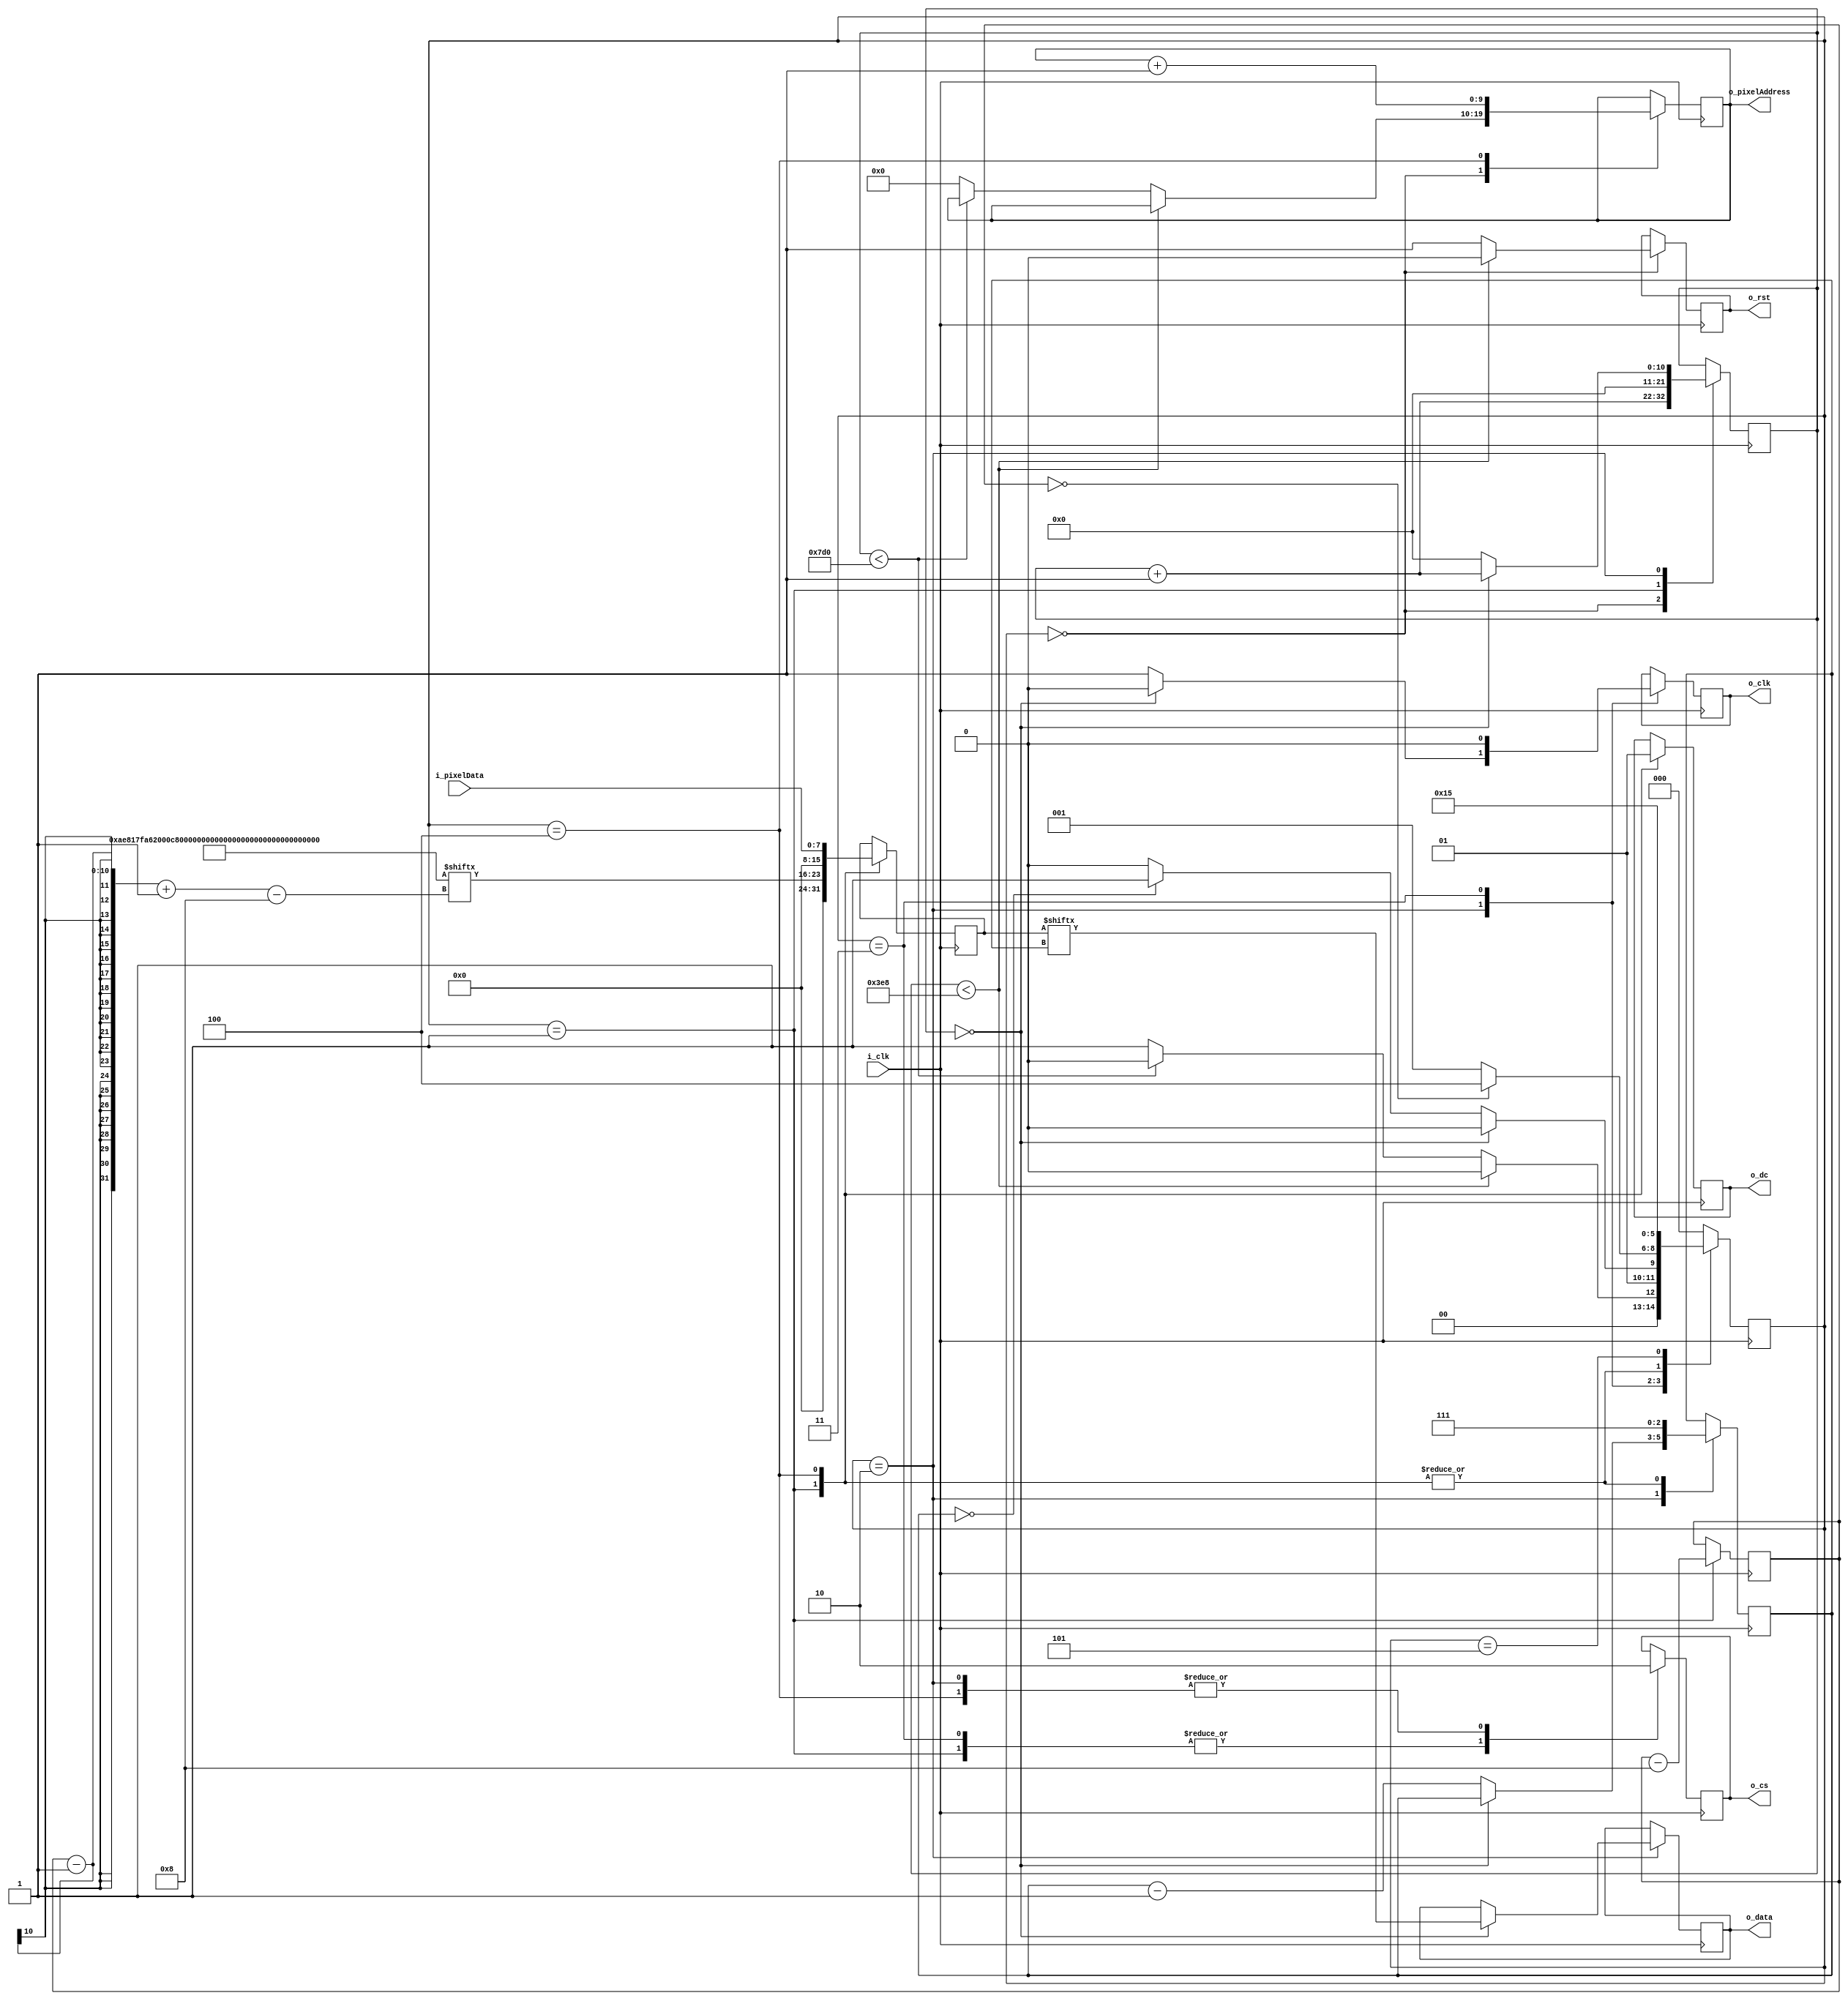
module lcd #(parameter INPUT_CLOCK_HZ = 1000000, parameter RESET_TIME_US = 1000)
            (input i_clk,
            output o_rst,
            output o_cs,
            output o_dc,
            output o_clk,
            output o_data,
            output [9:0] o_pixelAddress,
            input [7:0] i_pixelData);

reg r_rst;
reg r_cs;
reg r_dc;
reg r_clk;
reg r_data;

initial 
begin
    r_rst = 1; //reset inactive
    r_cs = 1; //cs inactive
    r_dc = 0;
    r_clk = 0; //CPOL = 0
    r_data = 0;    
end

assign o_rst = r_rst;
assign o_cs = r_cs;
assign o_dc = r_dc;
assign o_clk = r_clk;
assign o_data = r_data;
assign o_pixelAddress = r_pixelCounter;

localparam COUNTER_TOP = RESET_TIME_US*INPUT_CLOCK_HZ/1000000;
localparam COUTER_BITS = $clog2(2*COUNTER_TOP);

reg [(COUTER_BITS-1):0] r_counter;
reg [2:0] r_State;

reg [9:0] r_pixelCounter;

initial
begin
    r_counter = 0;
    r_State = STATE_INIT_POWER;
    r_pixelCounter = 0;
end

reg [15:0] r_TX_Data;
reg [2:0] r_TX_DataBit;

localparam STATE_INIT_POWER = 3'd0,
STATE_LOAD_INIT_CMD = 3'd1,
STATE_SEND = 3'd2,
STATE_INIT_CHECK = 3'd3,
STATE_LOAD_DATA = 3'd4,
STATE_IDLE = 3'd5;

localparam SETUP_INSTRUCTIONS = 23;
reg [((SETUP_INSTRUCTIONS * 8) - 1):0] r_startupCommands = {
    8'hAE,  // display off

    8'h81,  // contast value to 0x7F according to datasheet
    8'h7F,  

    8'hA6,  // normal screen mode (not inverted)

    8'h20,  // horizontal addressing mode
    8'h00,  

    8'hC8,  // normal scan direction

    8'h40,  // first line to start scanning from

    8'hA1,  // address 0 is segment 0

    8'hA8,  // mux ratio
    8'h3f,  // 63 (64 -1)

    8'hD3,  // display offset
    8'h00,  // no offset

    8'hD5,  // clock divide ratio
    8'h80,  // set to default ratio/osc frequency

    8'hD9,  // set precharge
    8'h22,  // switch precharge to 0x22 default

    8'hDB,  // vcom deselect level
    8'h20,  // 0x20 

    8'h8D,  // charge pump config
    8'h14,  // enable charge pump

    8'hA4,  // resume RAM content

    8'hAF   // display on

};
reg [9:0] r_commandIndex = SETUP_INSTRUCTIONS * 8; //bit after MSB of register, which contains MSB of first command

always @(posedge i_clk) 
begin
    case (r_State)
        STATE_INIT_POWER: 
        begin
            r_counter <= r_counter + 1'd1;

            if(r_counter < COUNTER_TOP)
            begin
                r_rst <= 0; //reset active
                r_State <= STATE_INIT_POWER;
            end
            else if(r_counter < 2*COUNTER_TOP)
            begin
                r_rst <= 1; //reset inactive
                r_State <= STATE_INIT_POWER;
            end
            else
            begin
                r_rst <= 1; //reset inactive
                //r_commandIndex <= SETUP_INSTRUCTIONS * 8;
                r_pixelCounter <= 10'd0;
                r_State <= STATE_LOAD_INIT_CMD;
            end 
        end
        STATE_LOAD_INIT_CMD:
        begin
            r_cs <= 1'b1; //chip select inactive
            r_dc <= 1'b0; //send command
            r_TX_Data <= r_startupCommands[(r_commandIndex - 1)-:8]; //-: indicate length not LSB range
            r_TX_DataBit <= 3'd7; //start sending from MSB
            r_commandIndex <= r_commandIndex - 10'd8;
            
            r_counter <= 0;
            r_State <= STATE_SEND;
        end
        STATE_SEND:
        begin
            r_cs <= 1'b0; //chip select active

            if(r_counter == 0)
            begin
                r_counter <= r_counter + 1; //increment counter
                r_clk <= 1'b0; //set clock to idle state (CPOL = 0)
                r_data <= r_TX_Data[r_TX_DataBit]; //load bit to send

                r_State <= STATE_SEND;
            end
            else
            begin
                r_counter <= 0; //reset counter
                r_clk <= 1'b1; //generate clk rising edge
                r_TX_DataBit <= r_TX_DataBit - 3'd1; //set next bit

                if(r_TX_DataBit == 3'd0) //if this was 0 bit
                    r_State <= STATE_INIT_CHECK; 
                else
                    r_State <= STATE_SEND;
            end
        end
        STATE_INIT_CHECK:
        begin
            r_cs <= 1'b1; //chip select inactive
            r_clk <= 1'b0; //set clock to idle state (CPOL = 0)
            
            if(r_commandIndex == 0)
                r_State <= STATE_LOAD_DATA;
            else
                r_State <= STATE_LOAD_INIT_CMD;
        end
        STATE_LOAD_DATA:
        begin
            r_cs <= 1'b0; //chip select active
            r_dc <= 1'b1; //send data
            
            r_pixelCounter <= r_pixelCounter + 10'd1;

            r_TX_Data <= i_pixelData;
            r_TX_DataBit <= 3'd7; //start sending from MSB

            r_State <= STATE_SEND;
        end
        STATE_IDLE:
        begin
            r_State <= STATE_IDLE;
        end
        default:
            r_State <= STATE_INIT_POWER;
    endcase
end

endmodule